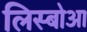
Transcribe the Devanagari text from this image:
लिस्बोआ